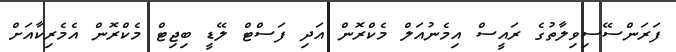
ފަރަންސޭސިވިލާތުގެ ރައީސް އިމެނުއަލް މެކްރޮން އަދި ފަސްޓް ލޭޑީ ބިޖިޓް މެކްރޮން އެމެރިކާއަށް